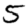
Digit: 5